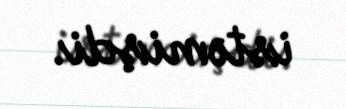
istəmişdi.